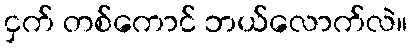
ငှက် တစ်ကောင် ဘယ်လောက်လဲ။